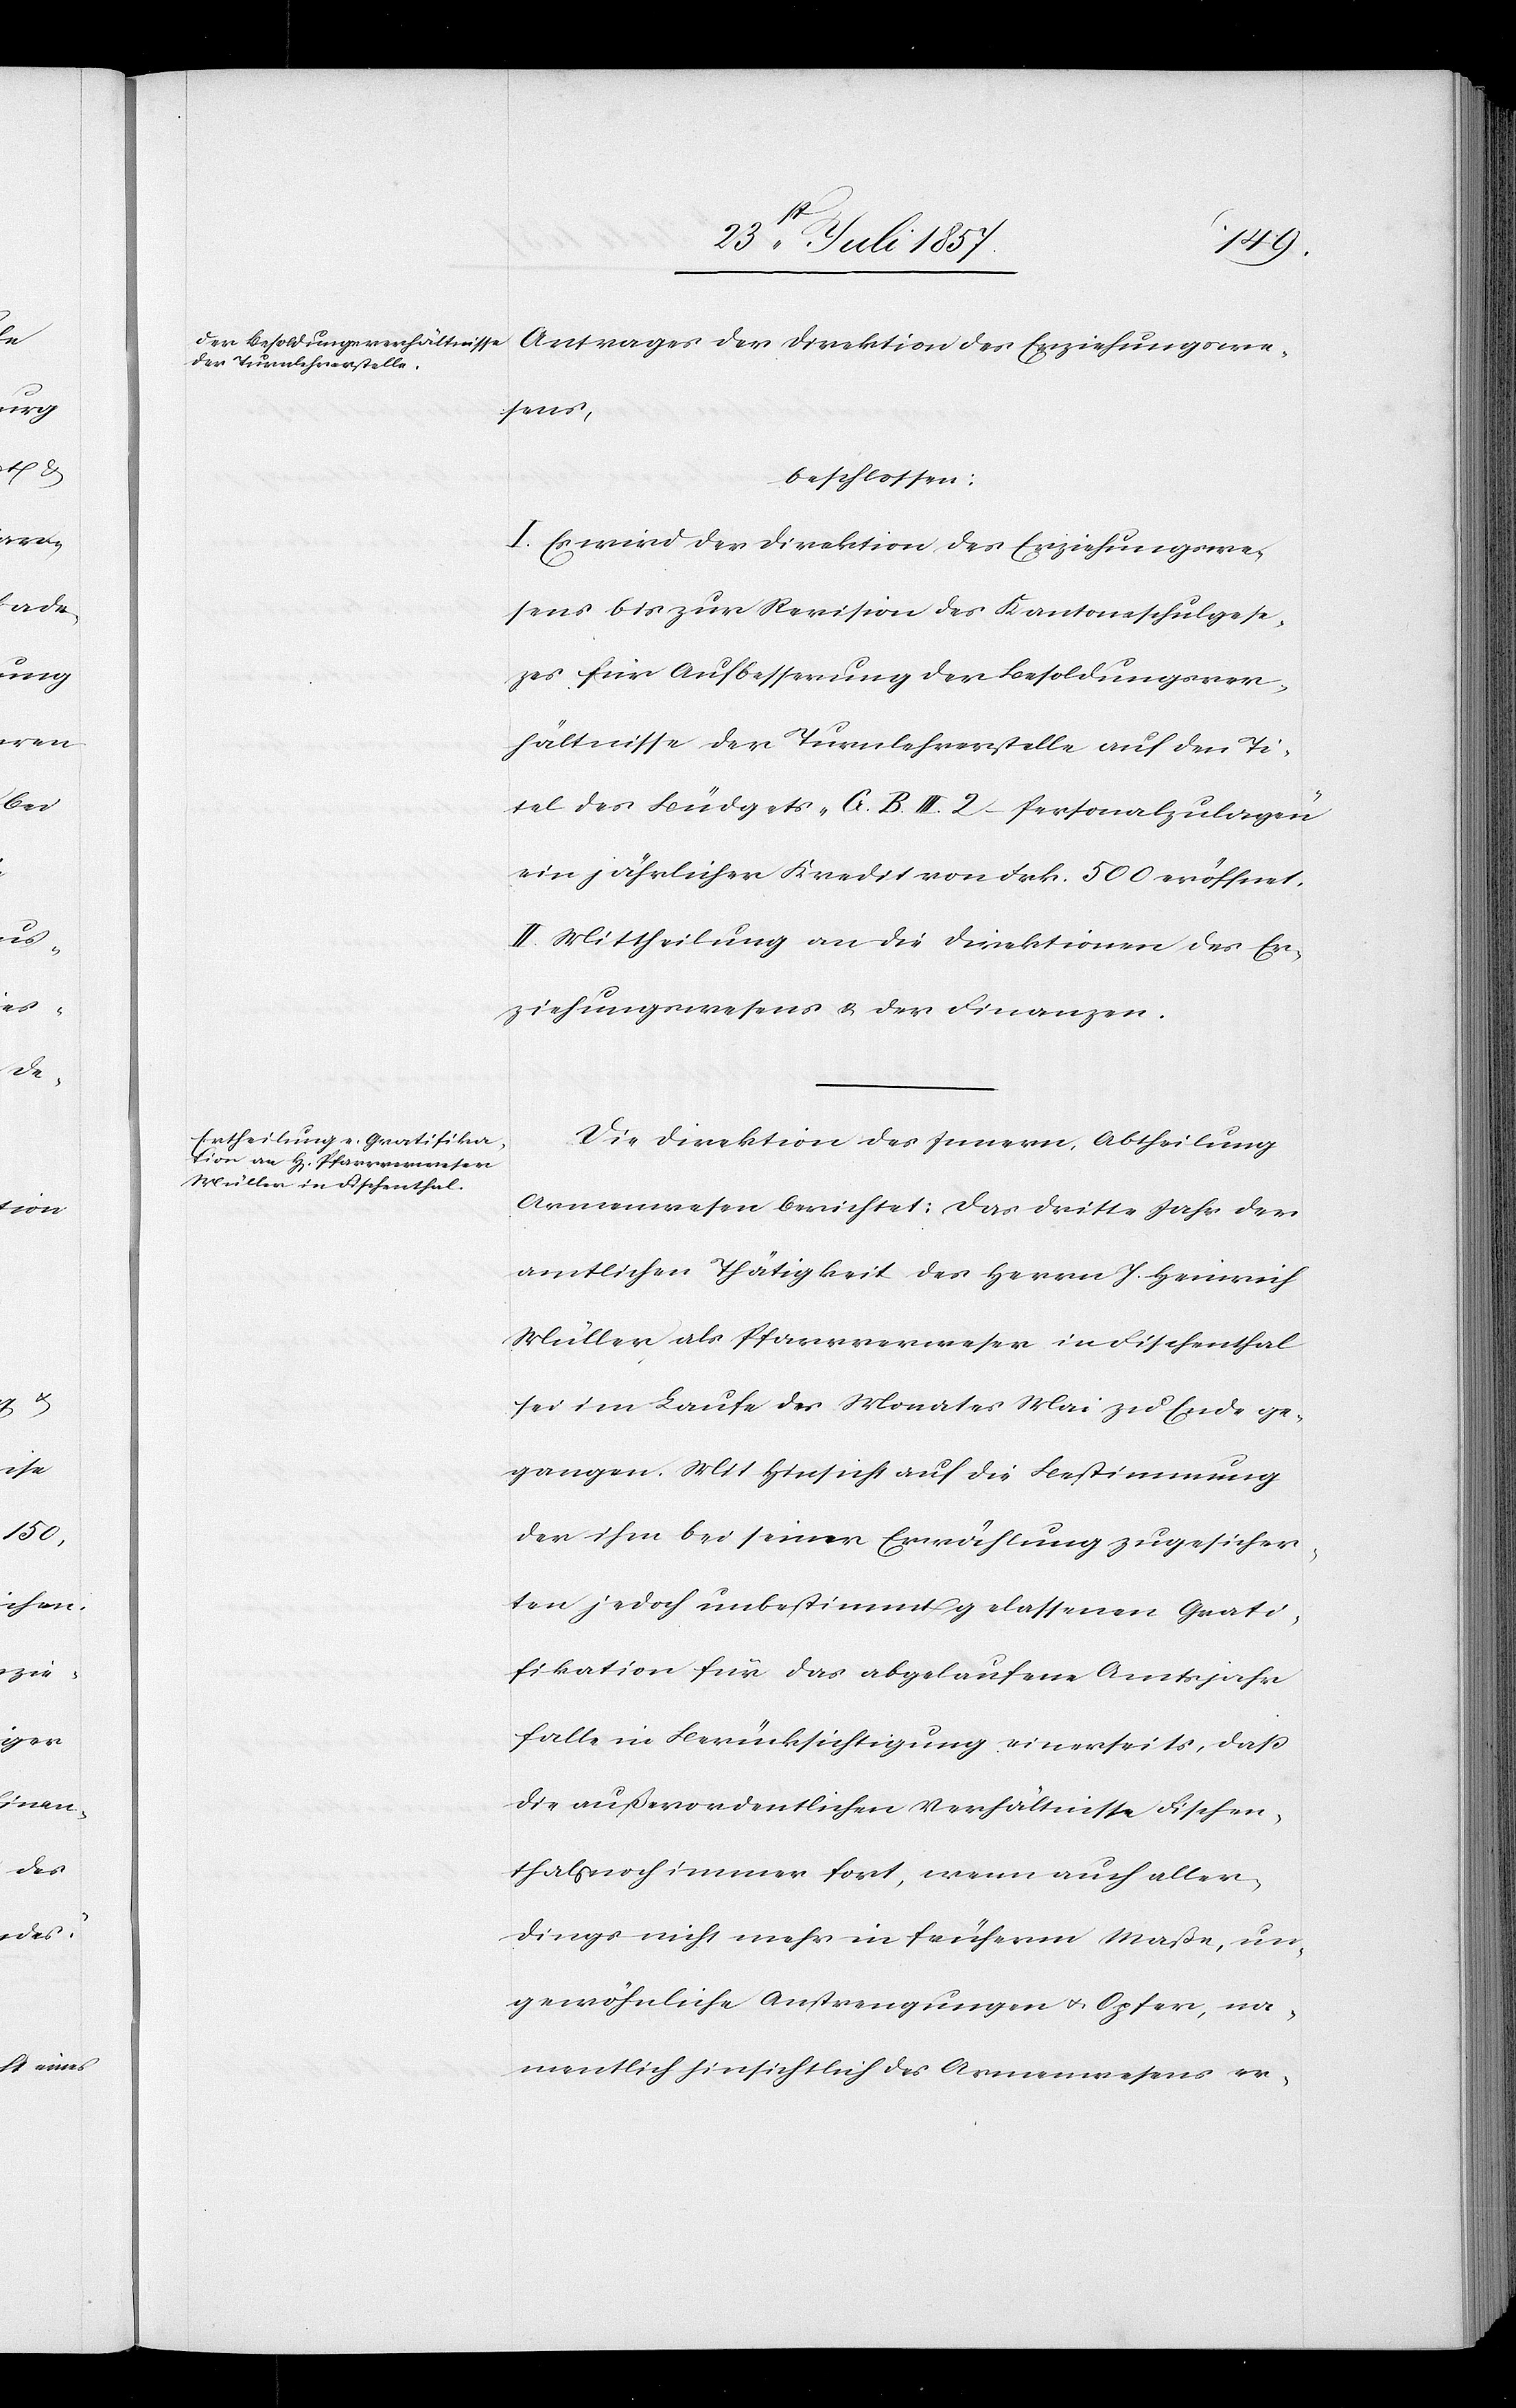
Antrages der Direktion des Erziehungswe¬
sens,
beschlossen:
I. Es wird der Direktion des Erziehungswe¬
sens bis zur Revision des Kantonsschulgeset¬
zes für Aufbesserung der Besoldungsver¬
hältnisse der Turnlehrerstelle auf den Ti¬
tel des Büdgets „G. B. III. 2 – Personalzulagen“
ein jährlicher Kredit von Frk. 500 eröffnet.
II. Mittheilung an die Direktionen des Er¬
ziehungswesens & der Finanzen.
Die Direktion des Innern, Abtheilung
Armenwesen berichtet: Das dritte Jahr der
amtlichen Thätigkeit des Herrn J. Heinrich
Müller als Pfarrverweser in Fischenthal
sei im Laufe des Monates Mai zu Ende ge¬
gangen. Mit Hinsicht auf die Bestimmung
der ihm bei seiner Erwählung zugesicher¬
ten jedoch unbestimmt gelassenen Quali¬
fikation für das abgelaufene Amtsjahr
falle in Berücksichtigung einerseits, daß
die außerordentlichen Verhältnisse Fischen¬
thals noch immer fort, wenn auch aller¬
dings nicht mehr in früherm Maße, un¬
gewöhnliche Anstrengungen & Opfer, na¬
mentlich hinsichtlich des Armenwesens er-